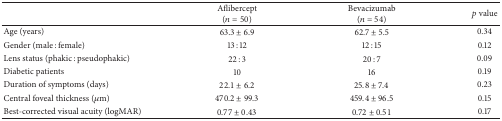
<table><thead><tr><td><b> </b></td><td><b>Aflibercept (<i>n</i> = 50)</b></td><td><b>Bevacizumab (<i>n</i> = 54)</b></td><td><b><i>p</i> value</b></td></tr></thead><tbody><tr><td>Age (years)</td><td>63.3 ± 6.9</td><td>62.7 ± 5.5</td><td>0.34</td></tr><tr><td>Gender (male : female)</td><td>13 : 12</td><td>12 : 15</td><td>0.12</td></tr><tr><td>Lens status (phakic : pseudophakic)</td><td>22 : 3</td><td>20 : 7</td><td>0.09</td></tr><tr><td>Diabetic patients</td><td>10</td><td>16</td><td>0.19</td></tr><tr><td>Duration of symptoms (days)</td><td>22.1 ± 6.2</td><td>25.8 ± 7.4</td><td>0.23</td></tr><tr><td>Central foveal thickness (<i>μ</i>m)</td><td>470.2 ± 99.3</td><td>459.4 ± 96.5</td><td>0.15</td></tr><tr><td>Best-corrected visual acuity (logMAR)</td><td>0.77 ± 0.43</td><td>0.72 ± 0.51</td><td>0.17</td></tr></tbody></table>